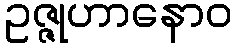
ဥဇ္ဇုဟာနောဝ